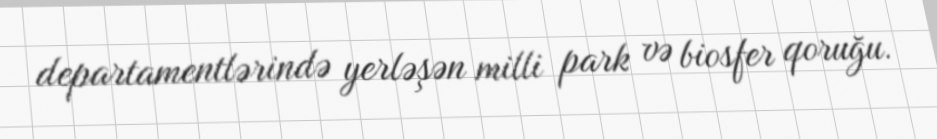
departamentlərində yerləşən milli park və biosfer qoruğu.